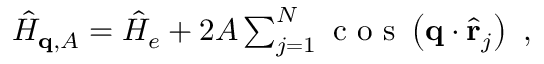
\begin{array} { r } { \hat { H } _ { \mathbf { q } , A } = \hat { H } _ { e } + 2 A \sum _ { j = 1 } ^ { N } \textnormal { c o s } \left( \mathbf { q } \cdot \hat { \mathbf { r } } _ { j } \right) \ , } \end{array}